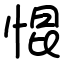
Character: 惃